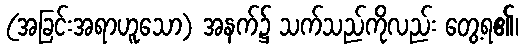
(အခြင်းအရာဟူသော) အနက်၌ သက်သည်ကိုလည်း တွေ့ရ၏၊